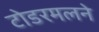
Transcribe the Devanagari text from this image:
टोडरमलने